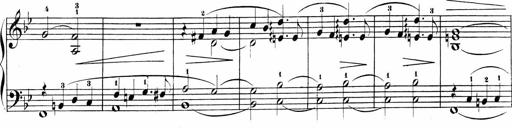
Title: Sonatinas
Composer: Andrew Violette